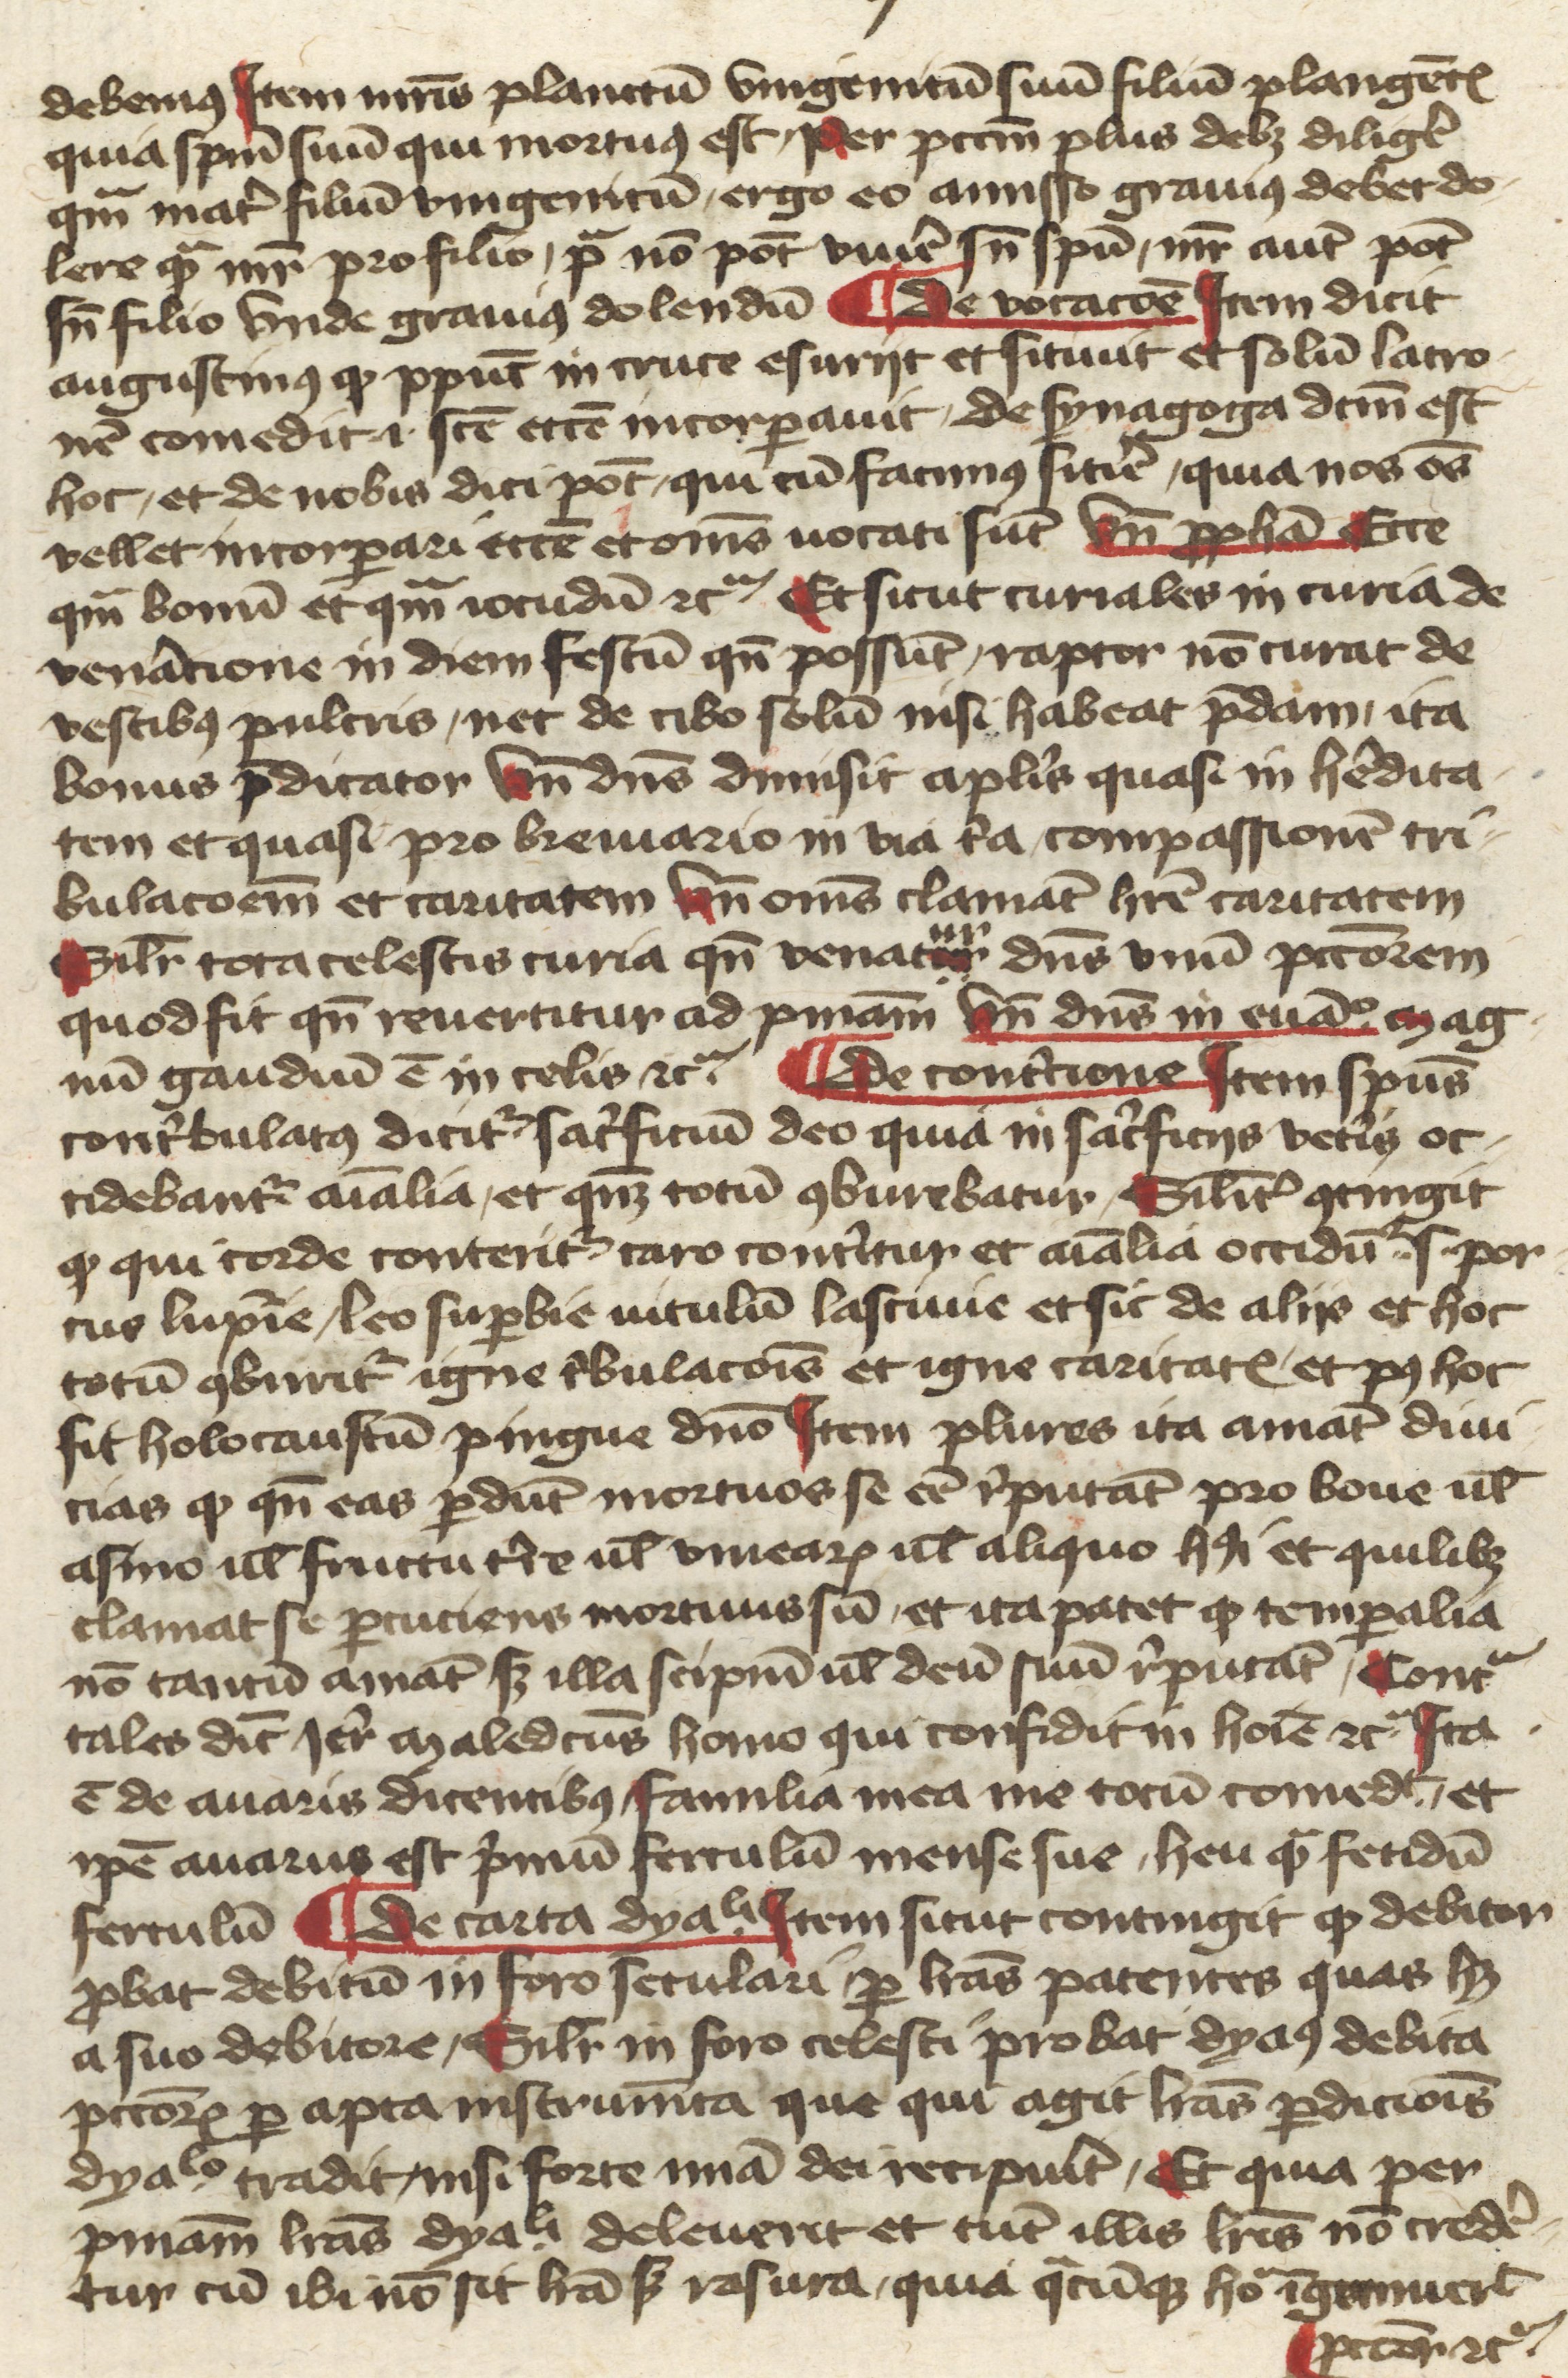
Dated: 1400–1430